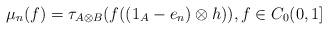
LaTeX: \begin{align*}\mu_n(f)=\tau_{A\otimes B}(f((1_A-e_n)\otimes h)), f\in C_0(0,1]\end{align*}